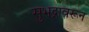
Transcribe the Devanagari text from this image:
सुभद्रावरून